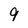
Character: 9